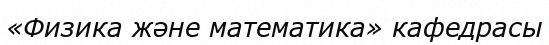
«Физика және математика» кафедрасы